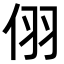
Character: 𪜹